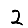
Digit: 2